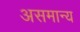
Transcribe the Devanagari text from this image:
असमान्‍य